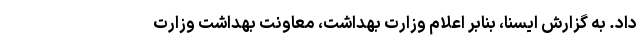
داد. به گزارش ایسنا، بنابر اعلام وزارت بهداشت، معاونت بهداشت وزارت